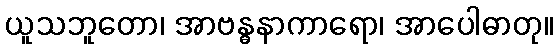
ယူသဘူတော၊ အာဗန္ဓနာကာရော၊ အာပေါဓာတု။